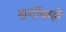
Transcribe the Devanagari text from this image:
सर्गोवाले